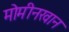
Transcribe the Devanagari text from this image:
मोमीनखान